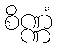
စိဏ္ဏံ